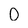
Character: 0